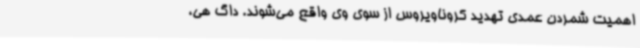
اهمیت شمردن عمدی تهدید کروناویروس از سوی وی واقع می‌شوند. داگ هی،